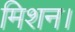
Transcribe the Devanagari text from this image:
मिशन।